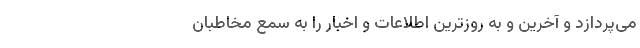
می‌پردازد و آخرین و به روزترین اطلاعات و اخبار را به سمع مخاطبان